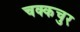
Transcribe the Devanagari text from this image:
चक्कचुर